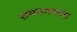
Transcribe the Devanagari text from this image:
रामनगरच्या